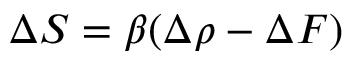
\Delta S = \beta ( \Delta \rho - \Delta F )